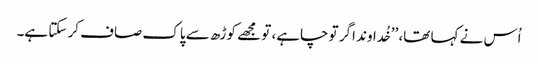
اُس نے کہا تھا، ’’خُداوند اگر تو چاہے، تو مجھے کوڑھ سے پاک صاف کر سکتا ہے۔